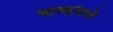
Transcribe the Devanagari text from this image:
चाव्यांमध्ये